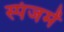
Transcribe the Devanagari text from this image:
स्पंजमें